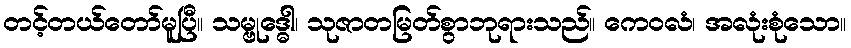
တင့်တယ်တော်မူပြီ။ သမ္ဗုဒ္ဓေါ၊ သုဇာတမြတ်စွာဘုရားသည်။ ကေဝလံ၊ အလုံးစုံသော။